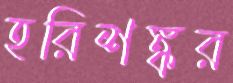
হরিশঙ্কর